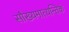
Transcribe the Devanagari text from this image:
सौख्यमात्यन्तिकं